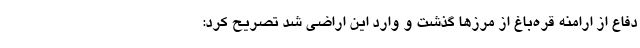
دفاع از ارامنه قره‌باغ از مرزها گذشت و وارد این اراضی شد تصریح کرد: